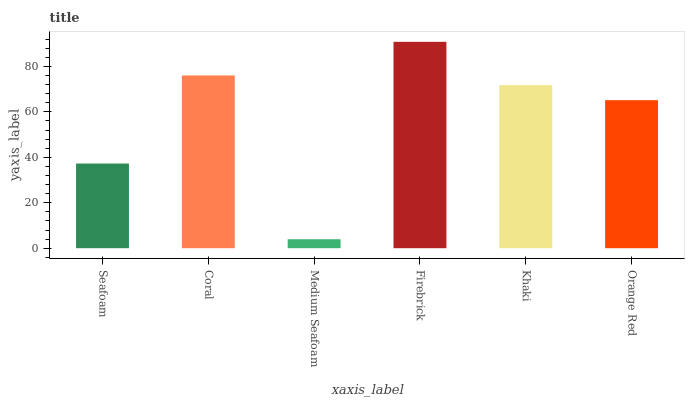
| xaxis_label | bars |
 | --- | --- |
 | Seafoam | 37.3 |
 | Coral | 76 |
 | Medium Seafoam | 3.94 |
 | Firebrick | 90.8 |
 | Khaki | 71.8 |
 | Orange Red | 65.1 |